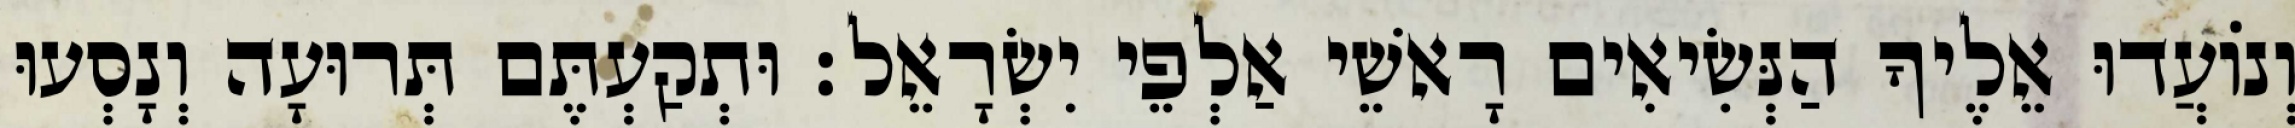
וְנוֹעֲדוּ אֵלֶיךָ הַנְּשִׂיאִים רָאשֵׁי אַלְפֵי יִשְׂרָאֵל׃ וּתְקַעְתֶּם תְּרוּעָה וְנָסְעוּ